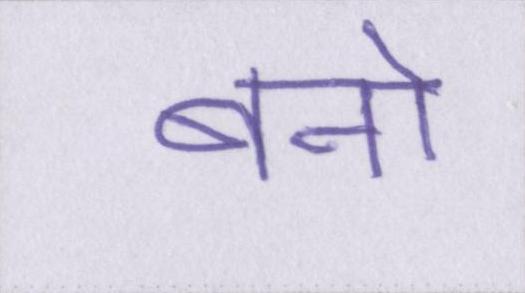
बनो